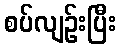
စပ်လျဉ်းပြီး